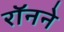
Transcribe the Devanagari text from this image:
रॉनने